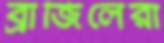
ব্রাজিলেরা